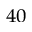
^ { 4 0 }